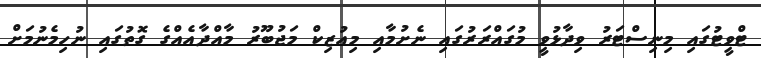
ޓްވީޓުގައި މިނިސްޓަރު ވިދާޅުވީ މުގައްރަރުގައި ނެށުމާއި މިއުޒިކް މަޖުބޫރު މާއްދާއެއްގެ ގޮތުގައި ނުހިމެނުމަށް